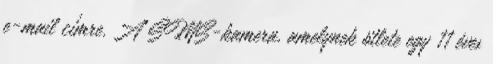
e-mail címre. A SMS-kamera, amelynek ötlete egy 11 éves